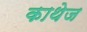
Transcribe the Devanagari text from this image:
काथेज